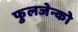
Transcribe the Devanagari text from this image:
फुलजेन्को